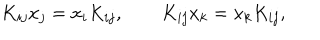
LaTeX: K _ { i j } x _ { j } = x _ { i } K _ { i j } , \qquad K _ { i j } x _ { k } = x _ { k } K _ { i j } ,